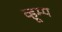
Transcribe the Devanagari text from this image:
व्हूम्प